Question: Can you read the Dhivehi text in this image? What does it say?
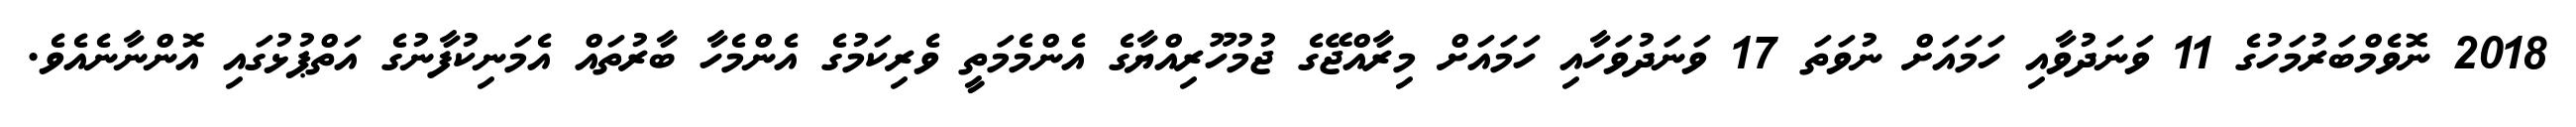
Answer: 2018 ނޮވެމްބަރުމަހުގެ 11 ވަނަދުވާއި ހަމައަށް ނުވަތަ 17 ވަނަދުވަހާއި ހަމައަށް މިރާއްޖޭގެ ޖުމުހޫރިއްޔާގެ އެންމެމަތީ ވެރިކަމުގެ އެންމެހާ ބާރުތައް އެމަނިކުފާނުގެ އަތްޕުޅުގައި އޮންނާނެއެވެ.